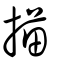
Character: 描